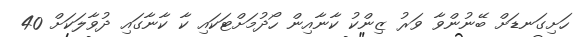
ހަށިގަނޑަށް ބޭނުންވާ ވަރު ޒިންކު ކާނާއިން ހޯދުމަށްޓަކައި ކާ ކާނާގައި ދުވާލަކަށް 40